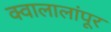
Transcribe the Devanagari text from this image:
क्वालालांपूर